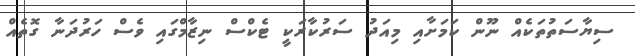
ސިޔާސަތުތަކެއް ނޫން ކަމަށާއި މިއަދު ސަރުކާރަކީ ޓެކްސް ނިޒާމްގައި ވެސް ހަރުދަނާ ގޮތެއް